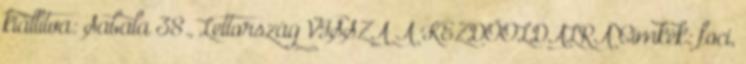
kiállítva: Sabala 38., Lettország VISSZA A KEZDŐOLDALRA Címkék: foci,